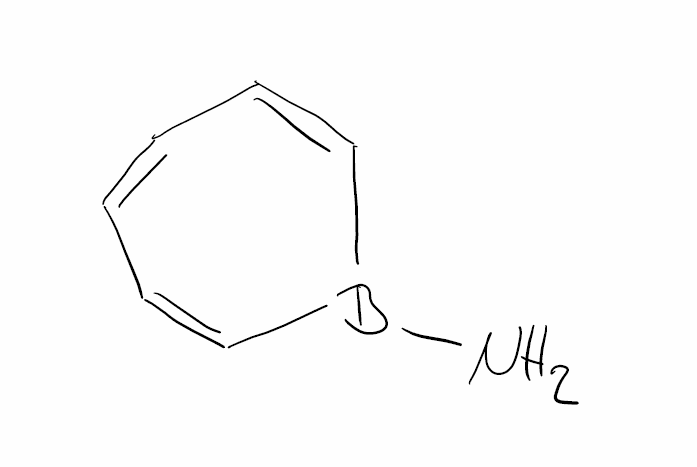
Simplified molecular-input line-entry system (SMILES) notation of the given molecule:
B1(C=CC=CC=C1)N